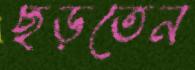
ছড়তেন